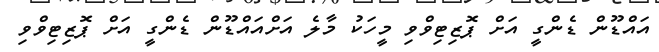
އައްޑޫން ޑެންގީ އަށް ޕޮޒިޓިވްވި މީހަކު މާލެ އަށްއައްޑޫން ޑެންގީ އަށް ޕޮޒިޓިވްވި